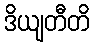
ဒိယျတီတိ